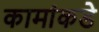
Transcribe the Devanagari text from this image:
कामांकडे